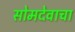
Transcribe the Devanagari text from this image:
सोमदेवाचा